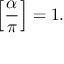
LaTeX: \left[ { \frac { \alpha } { \pi } } \right] = 1 .